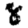
Digit: 8